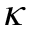
\kappa